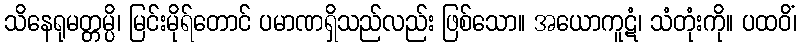
သိနေရုမတ္တမ္ပိ၊ မြင်းမိုရ်တောင် ပမာဏရှိသည်လည်း ဖြစ်သော။ အယောကူဋံ၊ သံတုံးကို။ ပထဝိံ၊